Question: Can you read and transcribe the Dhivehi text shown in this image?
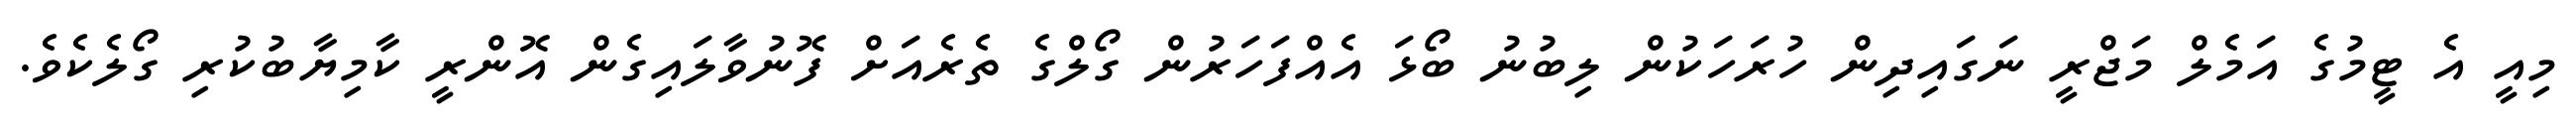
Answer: މިއީ އެ ޓީމުގެ އަމެލް މަޖްރީ ނަގައިދިން ހުރަހަކުން ލިބުނު ބޯޅަ އެއްފަހަރުން ގޯލްގެ ތެރެއަށް ފޮނުވާލައިގެން އޮންރީ ކާމިޔާބުކުރި ގޯލެކެވެ.